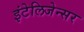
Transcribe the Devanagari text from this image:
इंटेलिजेन्सर